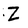
Character: Z